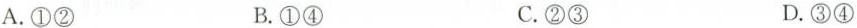
A.①② B.①④ C.②③ D.③④